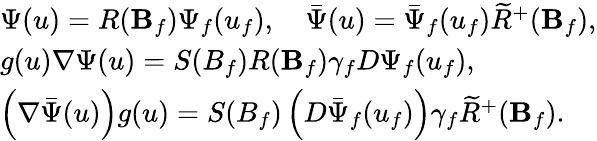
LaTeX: \begin{array}{l}{{\Psi(u)=R({\mathbf B}_{f})\Psi_{f}(u_{f}),\quad\bar{\Psi}(u)=\bar{\Psi}_{f}(u_{f})\widetilde{R}^{+}({\mathbf B}_{f}),}}\\ {{g(u)\nabla\Psi(u)=S(B_{f})R({\mathbf B}_{f})\gamma_{f}D\Psi_{f}(u_{f}),}}\\ {{\left(\nabla\bar{\Psi}(u)\right)g(u)=S(B_{f})\left(D\bar{\Psi}_{f}(u_{f})\right)\gamma_{f}\widetilde{R}^{+}({\mathbf B}_{f}).}}\end{array}